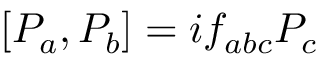
[ { \cal P } _ { a } , { \cal P } _ { b } ] = i f _ { a b c } { \cal P } _ { c }